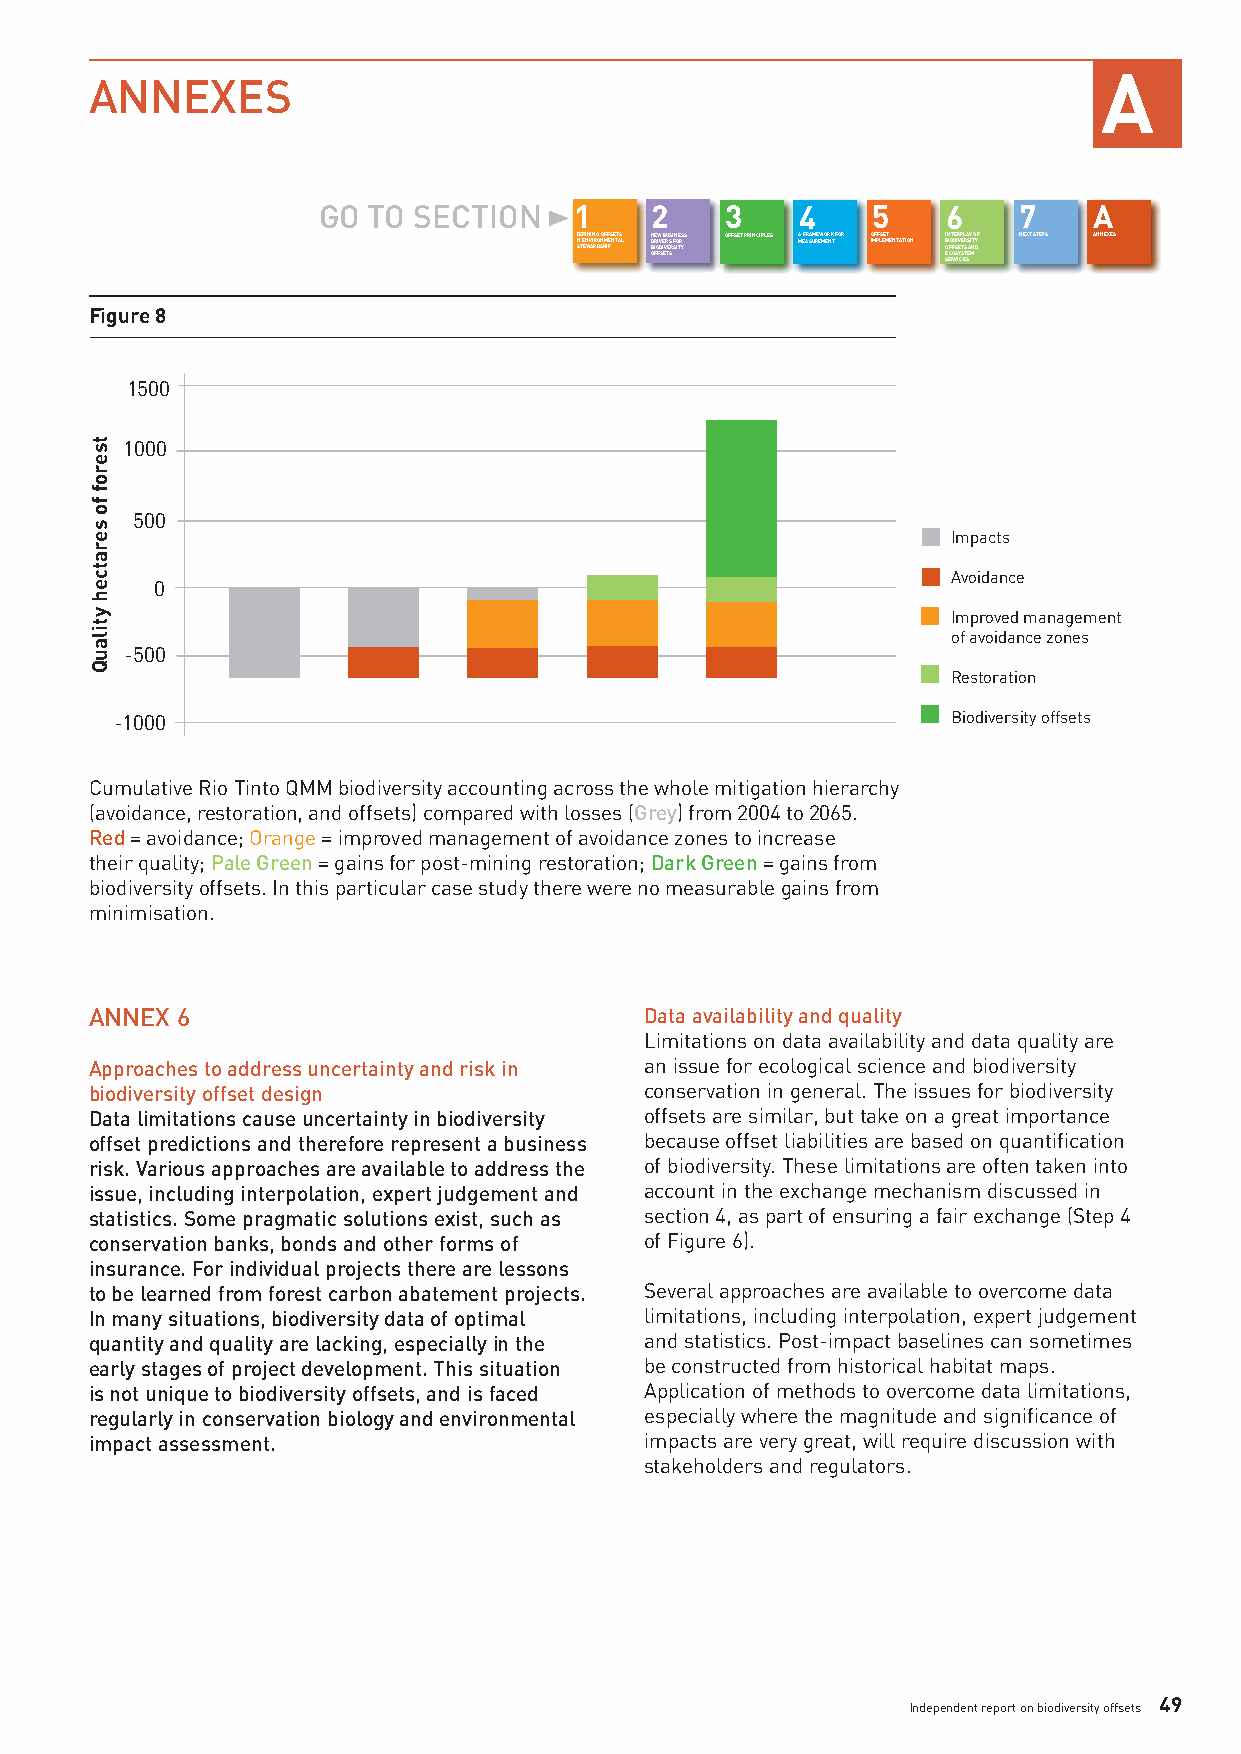
A
 ANNEXES
 GO TO SECTION    1    2    3    4    5    6   7    A
 DISNTE EEF WNINVAIIN RRG DO SNO HFMIF PES NETTASL NDBOFIRE OFIW DV SE IEB VR TU ES SRS FI SNOITERYS S OFFSET PRINCIPLES AMEFARSAUMREEWMOERNKT FOR OIMFPFLSEEMT ENTATION IBOESN ECFIOT ROFEDS VSRIE IYV CP TSE EL STR SA EAS Y MIN TO DYF NEXT STEPS ANNEXES
 Figure 8
 1500
 1000
 500
 Impacts
 Avoidance
 0
 Improved management
 ofavoidance zones
 -500
 Restoration
 -1000                                                  Biodiversity offsets
 Cumulative Rio Tinto QMM biodiversity accounting across the whole mitigation hierarchy
 (avoidance,restoration,andoffsets) compared with losses(Grey)from 2004to2065.
 Red =avoidance;Orange =improved managementofavoidance zones to increase
 theirquality;Pale Green =gains forpost-mining restoration;Dark Green =gains from
 biodiversityoffsets.Inthis particular case study there were no measurablegainsfrom
 minimisation.
 ANNEX 6                              Data availability and quality
 Limitations on data availability and data quality are
 Approaches to address uncertainty and risk in an issue for ecological science and biodiversity
 biodiversity offset design           conservation in general. The issues for biodiversity
 Data limitations cause uncertainty in biodiversity offsets are similar, but take on a great importance
 offset predictions and therefore represent a business because offset liabilities are based on quantification
 risk. Various approaches are available to address the of biodiversity. These limitations are often taken into
 issue, including interpolation, expert judgement and account in the exchange mechanism discussed in
 statistics. Some pragmatic solutions exist, such as section 4, as part of ensuring a fair exchange (Step 4
 conservation banks, bonds and other forms of of Figure 6).
 insurance. For individual projects there are lessons
 to be learned from forest carbon abatement projects. Several approaches are available to overcome data
 In many situations, biodiversity data of optimal limitations, including interpolation, expert judgement
 quantity and quality arelacking, especiallyin the and statistics. Post-impact baselines can sometimes
 early stages of project development. This situation be constructed from historical habitat maps.
 is not unique to biodiversity offsets, and is faced Application of methods to overcome data limitations,
 regularly in conservation biology and environmental especiallywherethe magnitude and significance of
 impact assessment.                   impacts are very great, will require discussion with
 stakeholders and regulators.
 49
 Independent report on biodiversity offsets
 tseroffoseratcehytilauQ